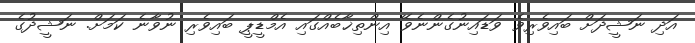
އަދި ނަޝީދަށް ބައިވެރިވެ ވަޑައިނުގެންނެވޭ އިންތިޚާބެއްގައި އެމްޑީޕީ ބައިވެރި ނުވާނެ ކަމަށް. ނަޝީދުގެ